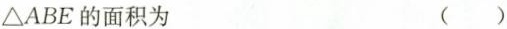
△ABE的面积为 ( )